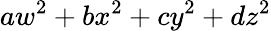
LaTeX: aw^{2}+bx^{2}+cy^{2}+dz^{2}